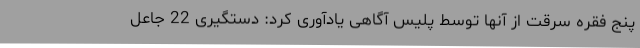
پنج فقره سرقت از آنها توسط پلیس آگاهی یادآوری کرد: دستگیری 22 جاعل